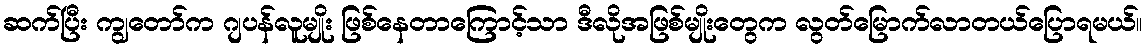
ဆက်ပြီး ကျွတော်က ဂျပန်လူမျိုး ဖြစ်နေတာကြောင့်သာ ဒီလိုအဖြစ်မျိုးတွေက လွတ်မြောက်လာတယ်ပြောရမယ်။